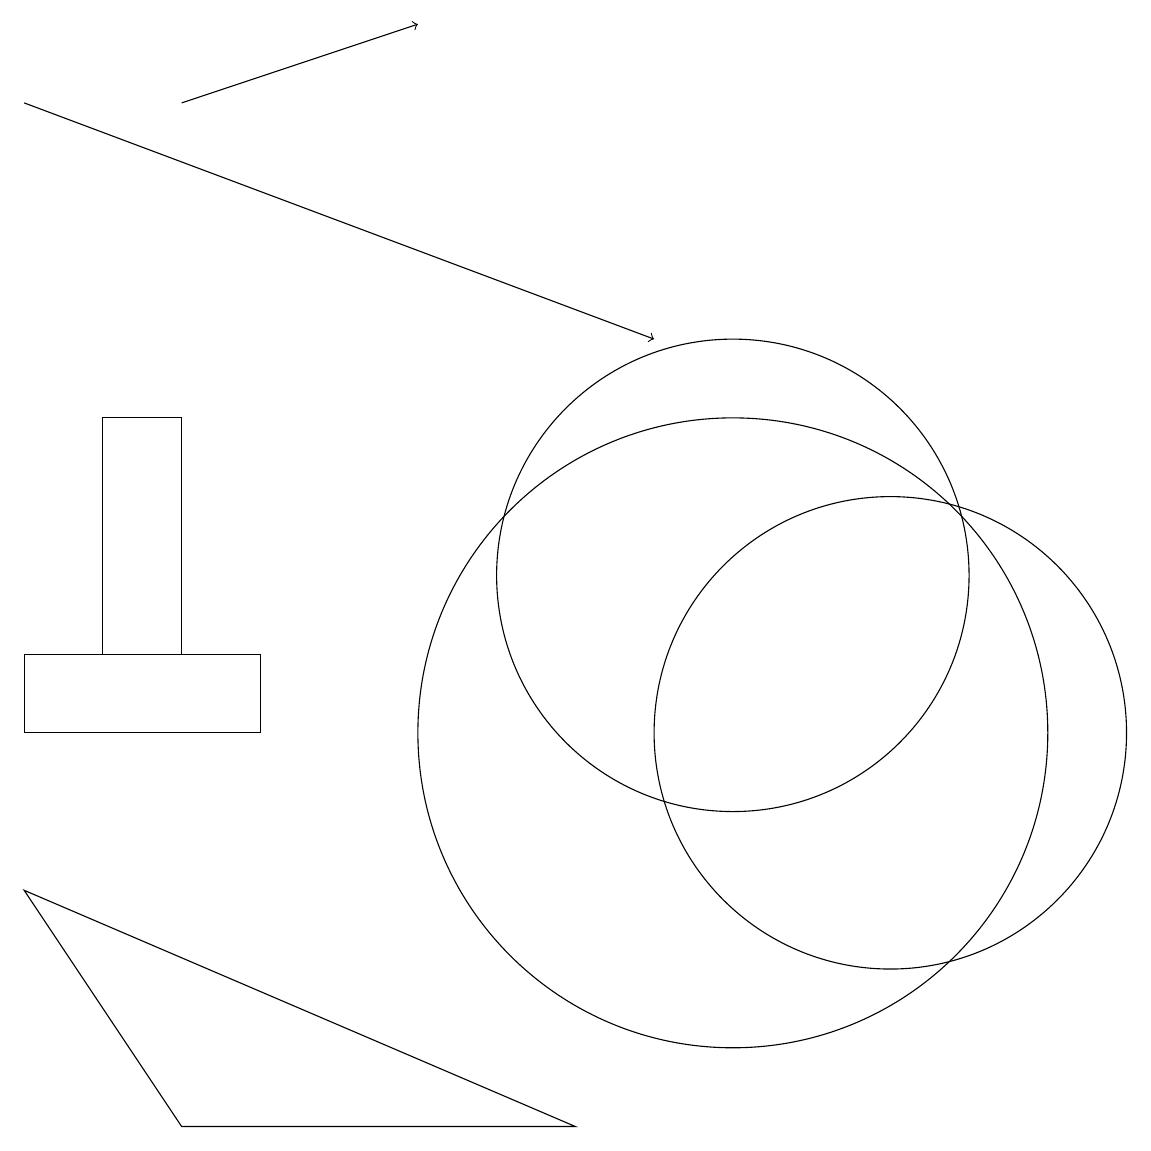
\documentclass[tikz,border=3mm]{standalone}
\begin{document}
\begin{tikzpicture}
\draw (3,11) rectangle (2,14);
\draw[->] (1,18) -- (9,15);
\draw (3,5) -- (8,5) -- (1,8) -- cycle;
\draw (4,10) rectangle (1,11);
\draw (12,10) circle (3);
\draw (10,10) circle (4);
\draw (10,12) circle (3);
\draw[->] (3,18) -- (6,19);
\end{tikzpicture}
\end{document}